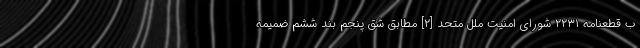
ب قطعنامه ۲۲۳۱ شورای امنیت ملل متحد [۲] مطابق شق پنجم بند ششم ضمیمه